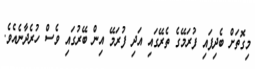
މިގޮތަށް ބެދިފައި ފުރަމޭގެ ތެރޭގައި އަދި ފުރަމޭ އިން ބޭރުގައި ވެސް ހުރެދާނެއެވެ.